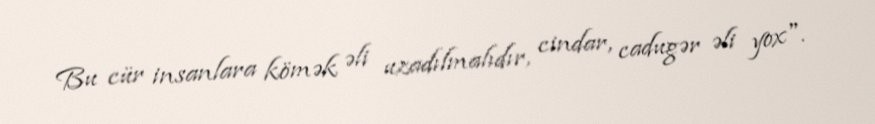
Bu cür insanlara kömək əli uzadılmalıdır, cindar, cadugər əli yox".